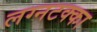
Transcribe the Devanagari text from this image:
लग्नटक्का